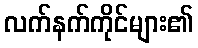
လက်နက်ကိုင်များ၏